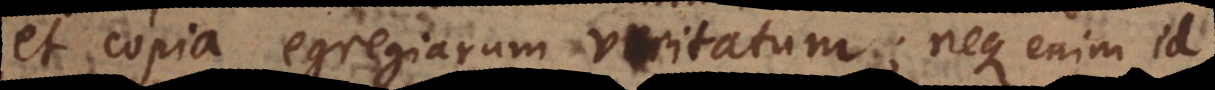
et copia egregiarum veritatum; neque enim id